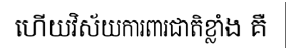
ហើយវិស័យការពារជាតិខ្លាំង គឺ